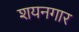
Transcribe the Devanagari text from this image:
शयनगार